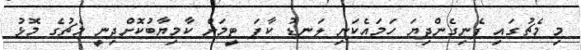
މި މެޗުގައި ފެނިގެންދިޔަ ހަމައެކަނި ލަނޑު ކާފަ ޓީމަށް ކާމިޔާބުކޮށްދިނީ މެޗުގެ މޮޅު